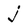
Character: j